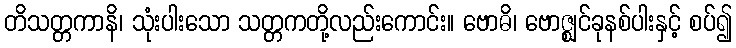
တိသတ္တကာနိ၊ သုံးပါးသော သတ္တကတို့လည်းကောင်း။ ဗောဓိ၊ ဗောဇ္ဈင်ခုနစ်ပါးနှင့် စပ်၍